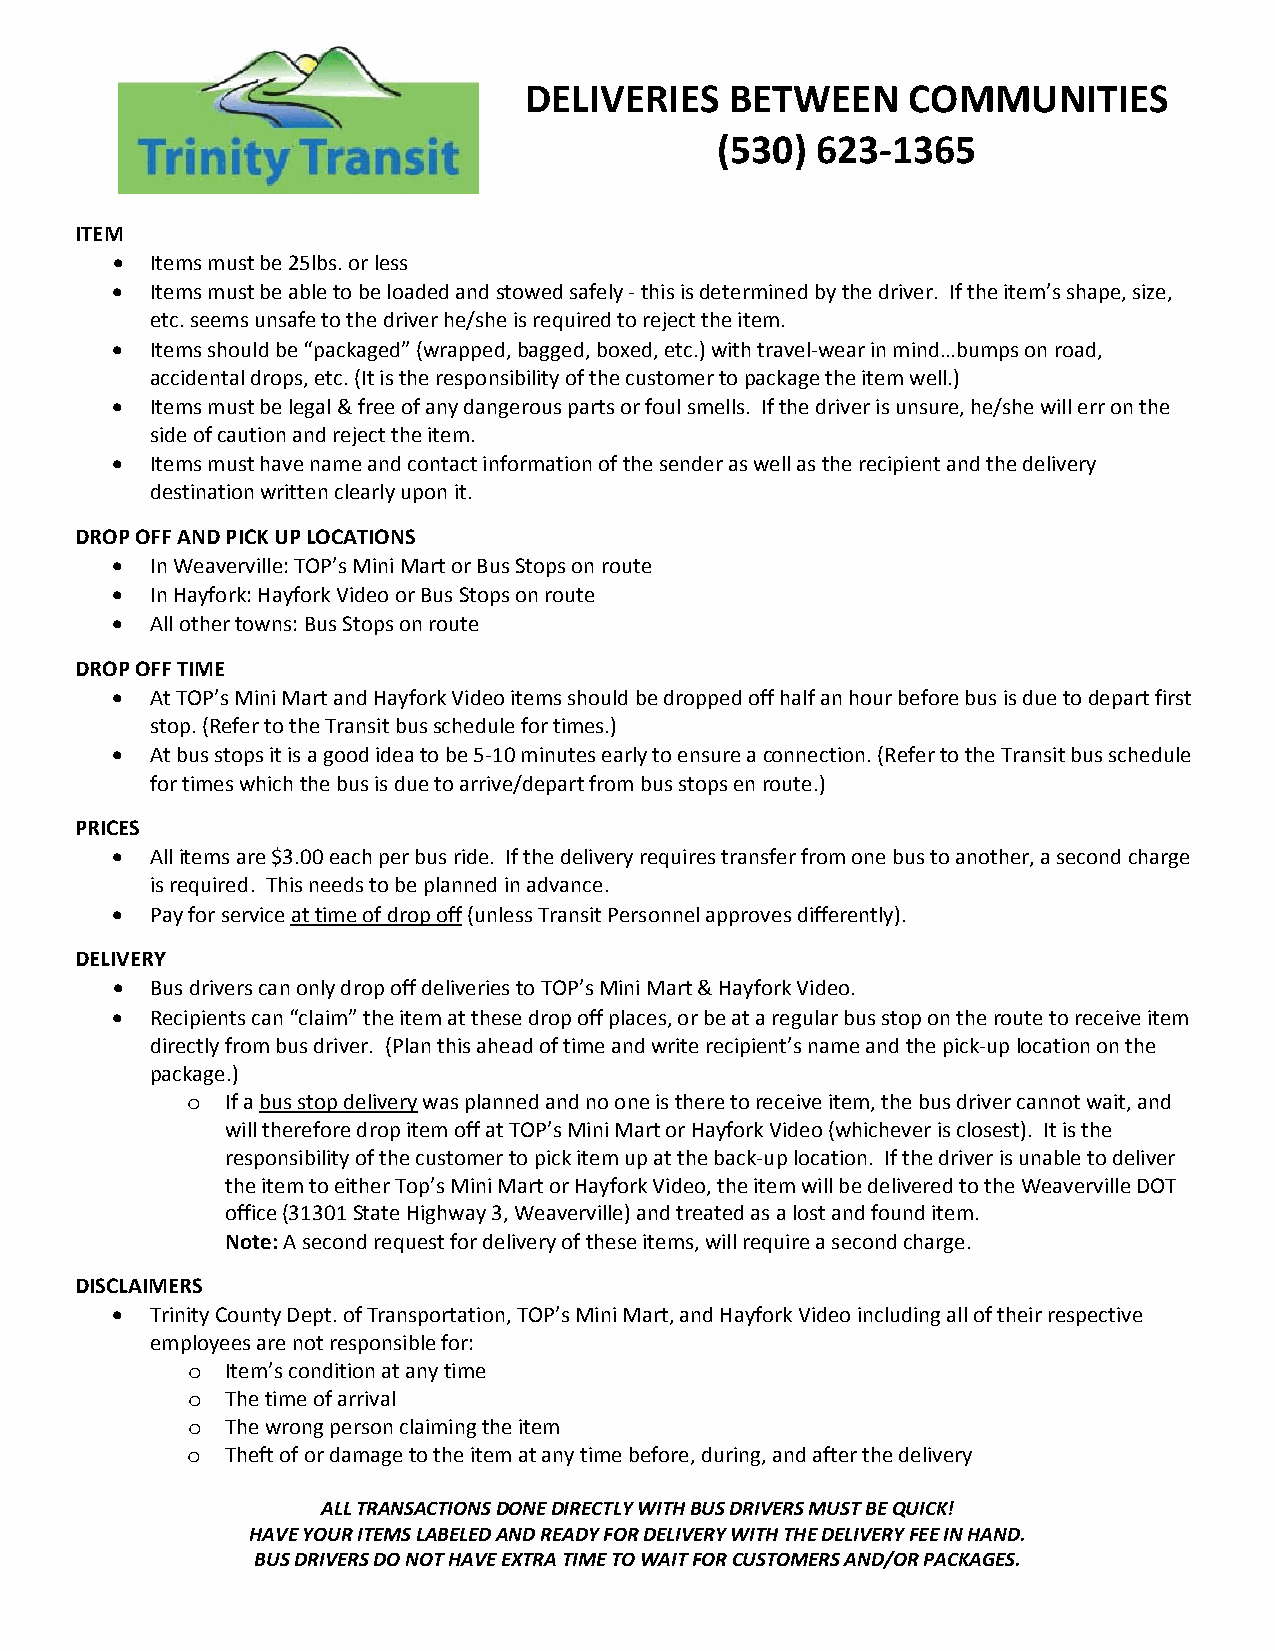
DELIVERIES   BETWEEN     COMMUNITIES
 (530)  623‐1365
 ITEM
   Items must be 25lbs. or less
   Items must be able to be loaded and stowed safely ‐ this is determined by the driver. If the item’s shape, size,
 etc. seems unsafe to the driver he/she is required to reject the item.
   Items should be “packaged” (wrapped, bagged, boxed, etc.) with travel‐wear in mind…bumps on road,
 accidental drops, etc. (It is the responsibility of the customer to package the item well.)
   Items must be legal & free of any dangerous parts or foul smells. If the driver is unsure, he/she will err on the
 side of caution and reject the item.
   Items must have name and contact information of the sender as well as the recipient and the delivery
 destination written clearly upon it.
 DROP OFF AND PICK UP LOCATIONS
   In Weaverville: TOP’s Mini Mart or Bus Stops on route
   In Hayfork: Hayfork Video or Bus Stops on route
   All other towns: Bus Stops on route
 DROP OFF TIME
   At TOP’s Mini Mart and Hayfork Video items should be dropped off half an hour before bus is due to depart first
 stop. (Refer to the Transit bus schedule for times.)
   At bus stops it is a good idea to be 5‐10 minutes early to ensure a connection. (Refer to the Transit bus schedule
 for times which the bus is due to arrive/depart from bus stops en route.)
 PRICES
   All items are $3.00 each per bus ride. If the delivery requires transfer from one bus to another, a second charge
 is required. This needs to be planned in advance.
   Pay for service at time of drop off (unless Transit Personnel approves differently).
 DELIVERY
   Bus drivers can only drop off deliveries to TOP’s Mini Mart & Hayfork Video.
   Recipients can “claim” the item at these drop off places, or be at a regular bus stop on the route to receive item
 directly from bus driver. (Plan this ahead of time and write recipient’s name and the pick‐up location on the
 package.)
 o  If a bus stop delivery was planned and no one is there to receive item, the bus driver cannot wait, and
 will therefore drop item off at TOP’s Mini Mart or Hayfork Video (whichever is closest). It is the
 responsibility of the customer to pick item up at the back‐up location. If the driver is unable to deliver
 the item to either Top’s Mini Mart or Hayfork Video, the item will be delivered to the Weaverville DOT
 office (31301 State Highway 3, Weaverville) and treated as a lost and found item.
 Note: A second request for delivery of these items, will require a second charge.
 DISCLAIMERS
   Trinity County Dept. of Transportation, TOP’s Mini Mart, and Hayfork Video including all of their respective
 employees are not responsible for:
 o  Item’s condition at any time
 o  The time of arrival
 o  The wrong person claiming the item
 o  Theft of or damage to the item at any time before, during, and after the delivery
 ALL TRANSACTIONS DONE DIRECTLY WITH BUS DRIVERS MUST BE QUICK!
 HAVE YOUR ITEMS LABELED AND READY FOR DELIVERY WITH THE DELIVERY FEE IN HAND.
 BUS DRIVERS DO NOT HAVE EXTRA TIME TO WAIT FOR CUSTOMERS AND/OR PACKAGES.